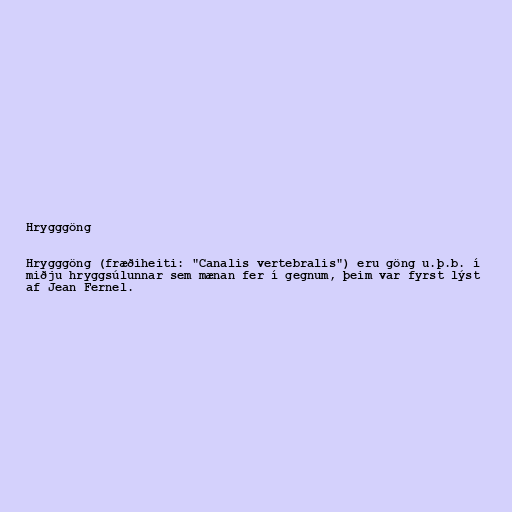
Hrygggöng

Hrygggöng (fræðiheiti: "Canalis vertebralis") eru göng u.þ.b. í
miðju hryggsúlunnar sem mænan fer í gegnum, þeim var fyrst lýst
af Jean Fernel.